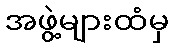
အဖွဲ့များထံမှ